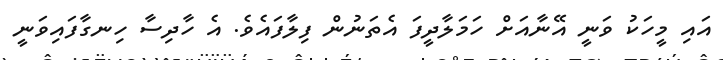
އައި މީހަކު ވަނީ އޭނާއަށް ހަމަލާދީފަ އެތަނުން ފިލާފައެވެ. އެ ހާދިސާ ހިނގާފައިވަނީ